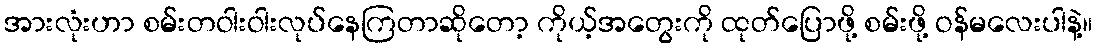
အားလုံးဟာ စမ်းတဝါးဝါးလုပ်နေကြတာဆိုတော့ ကိုယ့်အတွေးကို ထုတ်ပြောဖို့ စမ်းဖို့ ဝန်မလေးပါနဲ့။